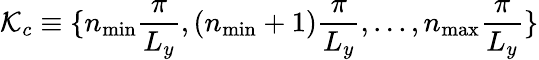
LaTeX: \mathcal{K}_{c}\equiv\{ n_{\mathrm{min}}\frac{\pi}{L_{y}},(n_{\mathrm{min}}+1)\frac{\pi}{L_{y}},...,n_{\mathrm{max}}\frac{\pi}{L_{y}}\}